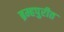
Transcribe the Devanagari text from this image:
ब्रम्हपुरीत